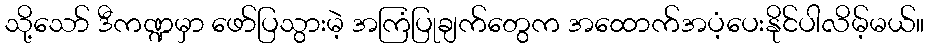
သို့သော် ဒီကဏ္ဍမှာ ဖော်ပြသွားမဲ့ အကြံပြုချက်တွေက အထောက်အပံ့ပေးနိုင်ပါလိမ့်မယ်။